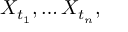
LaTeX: X _ { t _ { 1 } } , \dots X _ { t _ { n } } ,